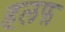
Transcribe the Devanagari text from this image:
हलफ